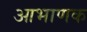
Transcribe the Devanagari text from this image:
आभाणक